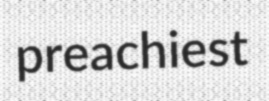
preachiest